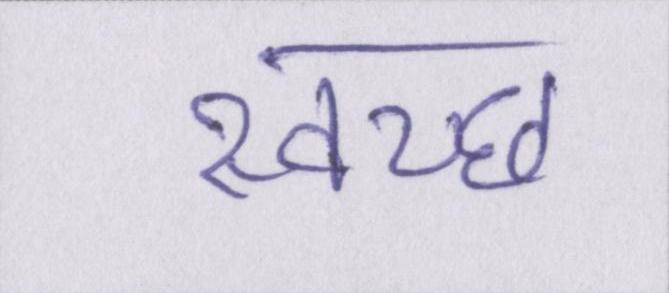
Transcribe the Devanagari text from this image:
स्वच्छ